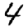
Digit: 4